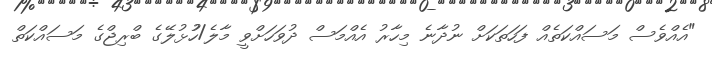
"އެއްވެސް މަސައްކަތެއް ފަހަތަކަށް ނުދާނެ މިހާރު އެއްމަސް ދުވަހަށްވީ މާލެ/ހުުޅުލޭގެ ބްރިޖްގެ މަސައްކަތް